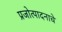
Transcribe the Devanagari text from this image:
प्रजोत्पादनाचे